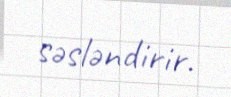
səsləndirir.